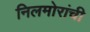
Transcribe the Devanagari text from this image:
निलमोरांची